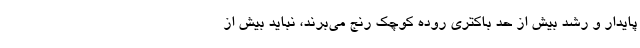
پایدار و رشد بیش از حد باکتری روده کوچک رنج می‌برند، نباید بیش از